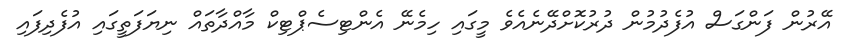
އޭރުން ފަންގަސް އުފެދުމުން ދުރުކޮށްދޭނެއެވެ މީގައި ހިމެނޭ އެންޓިސެޕްޓިކް މާއްދާތައް ނިޔަފަތީގައި އުފެދިފައި